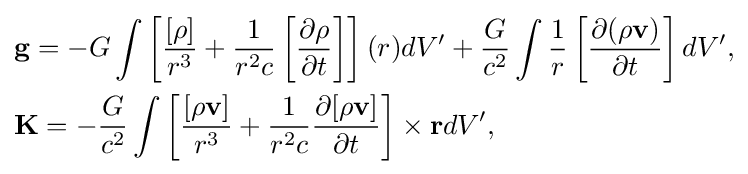
{\begin{aligned}&\mathbf {g} =-G\int \left[{\dfrac {[\rho ]}{r^{3}}}+{\dfrac {1}{r^{2}c}}\left[{\dfrac {\partial \rho }{\partial t}}\right]\right]\mathbf {(} r)dV'+{\dfrac {G}{c^{2}}}\int {\dfrac {1}{r}}\left[{\dfrac {\partial (\rho \mathbf {v} )}{\partial t}}\right]dV',\\&\mathbf {K} =-{\dfrac {G}{c^{2}}}\int \left[{\dfrac {[\rho \mathbf {v} ]}{r^{3}}}+{\dfrac {1}{r^{2}c}}{\dfrac {\partial [\rho \mathbf {v} ]}{\partial t}}\right]\times \mathbf {r} dV',\end{aligned}}